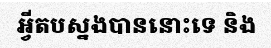
អ្វីតបស្នងបាននោះទេ និង